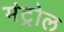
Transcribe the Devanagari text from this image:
मंट्रोल